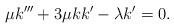
LaTeX: \begin{align*} \mu k'''+3\mu k k'-\lambda k'=0.\end{align*}